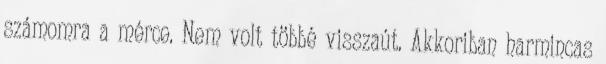
számomra a mérce. Nem volt többé visszaút. Akkoriban harmincas